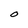
Character: O